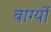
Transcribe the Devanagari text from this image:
बाग्यों